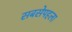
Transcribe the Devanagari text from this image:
सबसेपहला